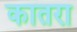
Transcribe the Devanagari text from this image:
कातरा